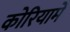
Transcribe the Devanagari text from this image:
कोरियामें